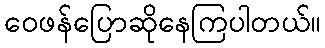
ဝေဖန်ပြောဆိုနေကြပါတယ်။